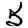
Digit: 5